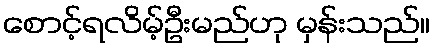
စောင့်ရလိမ့်ဦးမည်ဟု မှန်းသည်။